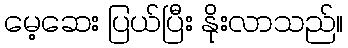
မေ့ဆေး ပြယ်ပြီး နိုးလာသည်။